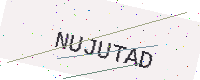
Text: NUJUTAD